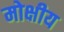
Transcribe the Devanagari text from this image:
मोक्षीय